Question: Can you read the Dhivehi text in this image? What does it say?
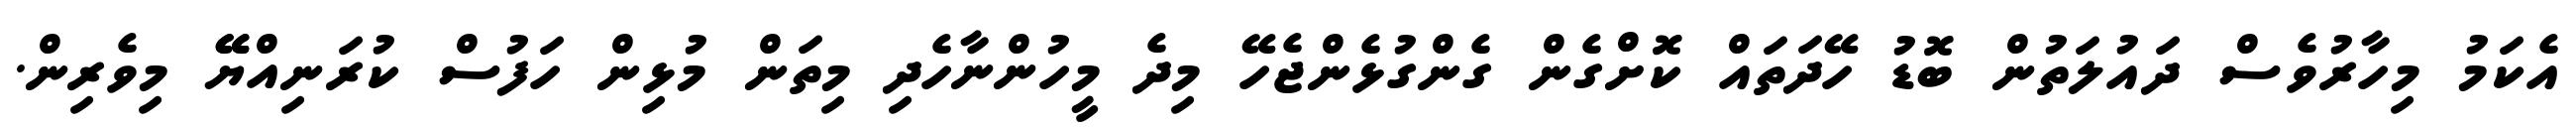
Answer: އެކަމު މިހާރުވެސް ދައުލަތުން ބޮޑު ހޭދަތައް ކޮށްގެން ގެންގުޅެންޖެހޭ މިދެ މީހުންނާހެދި މިތަން މުޅިން ހަފުސް ކުރަނިއްޔޭޭ މިވެރިން.